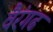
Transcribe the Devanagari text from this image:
वैरंगढ